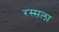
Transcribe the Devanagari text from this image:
रस्सला